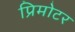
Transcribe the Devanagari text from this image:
प्रिमोटर